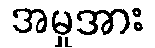
အမှုအား